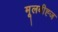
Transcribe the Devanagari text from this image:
मूलबीह्ज